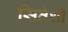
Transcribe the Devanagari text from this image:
सितेशी